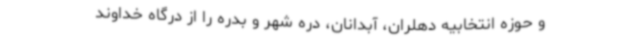
و حوزه انتخابیه دهلران، آبدانان، دره شهر و بدره را از درگاه خداوند